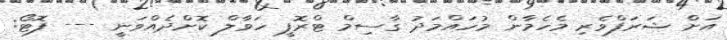
އަށް ޝަރަފްވެރި މެހެމާން މުހައްމަދު ގާސިމް ޓްރޮފީ ހަވާލް ކޮށްދެއްވަނީ --- ފޮޓޯ: